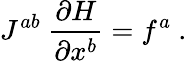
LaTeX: J^{ab}\ \frac{\partial H}{\partial x^{b}}=f^{a}\ .